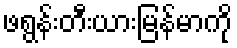
ဖရွန်းတီးယားမြန်မာကို